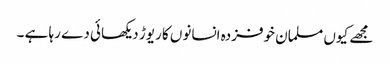
مجھے کیوں مسلمان خوفزدہ انسانوں کا ریوڑ دیکھائی دے رہا ہے ۔